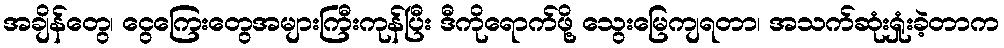
အချိန်တွေ၊ ငွေကြေးတွေအများကြီးကုန်ပြီး ဒီကိုရောက်ဖို့ သွေးမြေကျရတာ၊ အသက်ဆုံးရှုံးခဲ့တာက